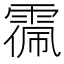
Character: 𩃥